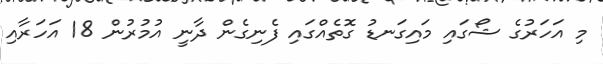
މި އަހަރުގެ ޝޯގައި މައިގަނޑު ގޮތެއްގައި ފެނިގެން ދާނީ އުމުރުން 18 އަހަރާއި